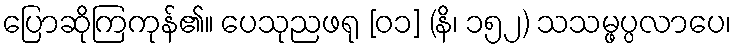
ပြောဆိုကြကုန်၏။ ပေသုညဖရု [၀၁] (နိ၊ ၁၅၂) သသမ္ဖပ္ပလာပေ၊